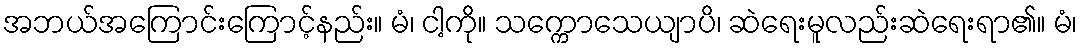
အဘယ်အကြောင်းကြောင့်နည်း။ မံ၊ ငါ့ကို။ သက္ကောသေယျာပိ၊ ဆဲရေးမူလည်းဆဲရေးရာ၏။ မံ၊